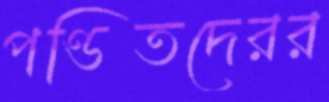
পণ্ডিতদেরর